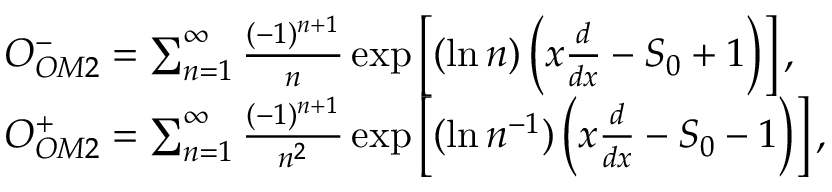
\begin{array} { r l } & { O _ { O M 2 } ^ { - } = \sum _ { n = 1 } ^ { \infty } \frac { ( - 1 ) ^ { n + 1 } } { n } \exp \left[ ( \ln n ) \left( x \frac { d } { d x } - S _ { 0 } + 1 \right) \right] , } \\ & { O _ { O M 2 } ^ { + } = \sum _ { n = 1 } ^ { \infty } \frac { ( - 1 ) ^ { n + 1 } } { n ^ { 2 } } \exp \left[ ( \ln n ^ { - 1 } ) \left( x \frac { d } { d x } - S _ { 0 } - 1 \right) \right] , } \end{array}